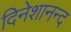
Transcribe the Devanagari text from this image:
दिनेशानन्द